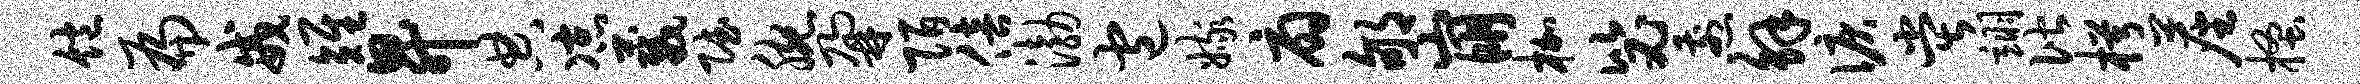
饱扁戒雉升典凉葳赋腕鼐陌倍渤包嫁扇郇崩枷毖煎解泪堂翊偕枵尘搔